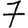
Digit: 7